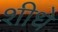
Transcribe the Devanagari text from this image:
शीधे